Vaccination in the Punjab 1883-1896 - 1883-1896
Year: 1883
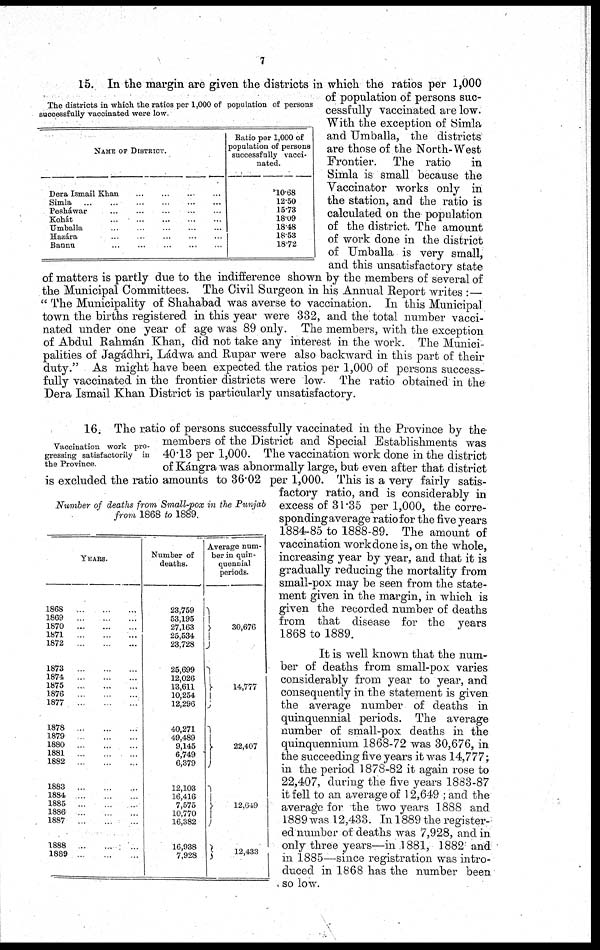
7
The districts in which the ratios per 1,000 of population of persons
successfully vaccinated were low.
NAME OF DISTRICT.
Dera Ismail Khan ... ... ... ...
Simla
...
...
...
...
...
Pesháwar
...
...
...
...
...
Kohát
...
...
...
...
...
Umballa ... ... ... ... ...
Hazára ... ... ... ... ...
Bannu ... ... ... ... ...
Ratio per 1,000 of
population of persons
successfully vacci¬
nated.
10.68
12.50
15.73
18.09
18.48
18.53
18.72
15. In the margin are given the districts in which the ratios per 1,000
of population of persons suc-
cessfully vaccinated are low.
With the exception of Simla
and Umballa, the districts
are those of the North-West
Frontier. The ratio
in
Simla is small because the
Vaccinator works only in
the station, and the ratio is
calculated on the population
of the district. The amount
of work done in the district
of Umballa is very small,
and this unsatisfactory state
of matters is partly due to the indifference shown by the members of several of
the Municipal Committees. The Civil Surgeon in his Annual Report writes :—
" The Municipality of Shahabad was averse to vaccination. In this Municipal
town the births registered in this year were 332, and the total number vacci-
nated under one year of age was 89 only. The members, with the exception
of Abdul Rahmán Khan, did not take any interest in the work. The Munici-
palities of Jagádhri, Ládwa and Rupar were also backward in this part of their
duty." As might have been expected the ratios per 1,000 of persons success-
fully vaccinated in the frontier districts were low. The ratio obtained in the
Dera Ismail Khan District is particularly unsatisfactory.
Vaccination work pro-
gressing satisfactorily in
the Province.
Number of deaths from Small-pox in the Punjab
from 1868 to 1889.
YEARS.
1868
...
...
...
1869
...
...
...
1870
...
...
...
1871
...
...
...
1872
...
...
...
1873
...
...
...
1874
...
...
...
1875
...
...
...
1876 ... ... ...
1877 ... ... ...
1878
...
...
...
1879
...
...
...
1880
...
...
...
1881
...
...
...
1882 ... ... ...
1883
...
...
...
1884
...
...
...
1885 ... ... ...
1886 ... ... ...
1887
...
...
...
1888
...
...
...
1889
...
...
...
Number of
deaths.
23,759
53,195
27,163
25,534
23,728
25,699
12,026
13,611
10,254
12,296
40,271
49,489
9,145
6,749
6,379
12,103
16,416
7,575
10,770
16,382
16,938
7,928
Average num-
ber in quin-
quennial
periods.
30,676
14,777
22,407
12,649
12,433
16. The ratio of persons successfully vaccinated in the Province by the
members of the District and Special Establishments was
40.13 per 1,000. The vaccination work done in the district
of Kángra was abnormally large, but even after that district
is excluded the ratio amounts to 36.02 per 1,000. This is a very fairly satis-
factory ratio, and is considerably in
excess of 31.35 per 1,000, the corre-
sponding average ratio for the five years
1884-85 to 1888-89. The amount of
vaccination work done is, on the whole,
increasing year by year, and that it is
gradually reducing the mortality from
small-pox may be seen from the state-
ment given in the margin, in which is
given the recorded number of deaths
from that disease for the years
1868 to 1889.
It is well known that the num-
ber of deaths from small-pox varies
considerably from year to year, and
consequently in the statement is given
the average number of deaths in
quinquennial periods. The average
number of small-pox deaths in the
quinquennium 1868-72 was 30,676, in
the succeeding five years it was 14,777;
in the period 1878-82 it again rose to
22,407, during the five years 1883-87
it fell to an average of 12,649 ; and the
average for the two years 1888 and
1889 was 12,433. In 1889 the register-
ed number of deaths was 7,928, and in
only three years—in 1881, 1882 and
in 1885—since registration was intro-
duced in 1868 has the number been
so low.